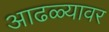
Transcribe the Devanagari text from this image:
आढळ्यावर